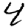
Digit: 4